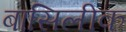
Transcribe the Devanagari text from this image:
बासिलीक